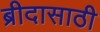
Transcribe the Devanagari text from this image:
ब्रीदासाठी